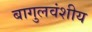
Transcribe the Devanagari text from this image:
बागुलवंशीय